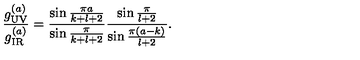
{ \frac { g _ { \tiny \mathrm { U V } } ^ { ( a ) } } { g _ { \tiny \mathrm { I R } } ^ { ( a ) } } } = { \frac { \sin { \frac { \pi a } { k + l + 2 } } } { \sin { \frac { \pi } { k + l + 2 } } } } { \frac { \sin { \frac { \pi } { l + 2 } } } { \sin { \frac { \pi ( a - k ) } { l + 2 } } } } .